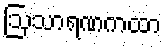
ဩသာရဏကထာ